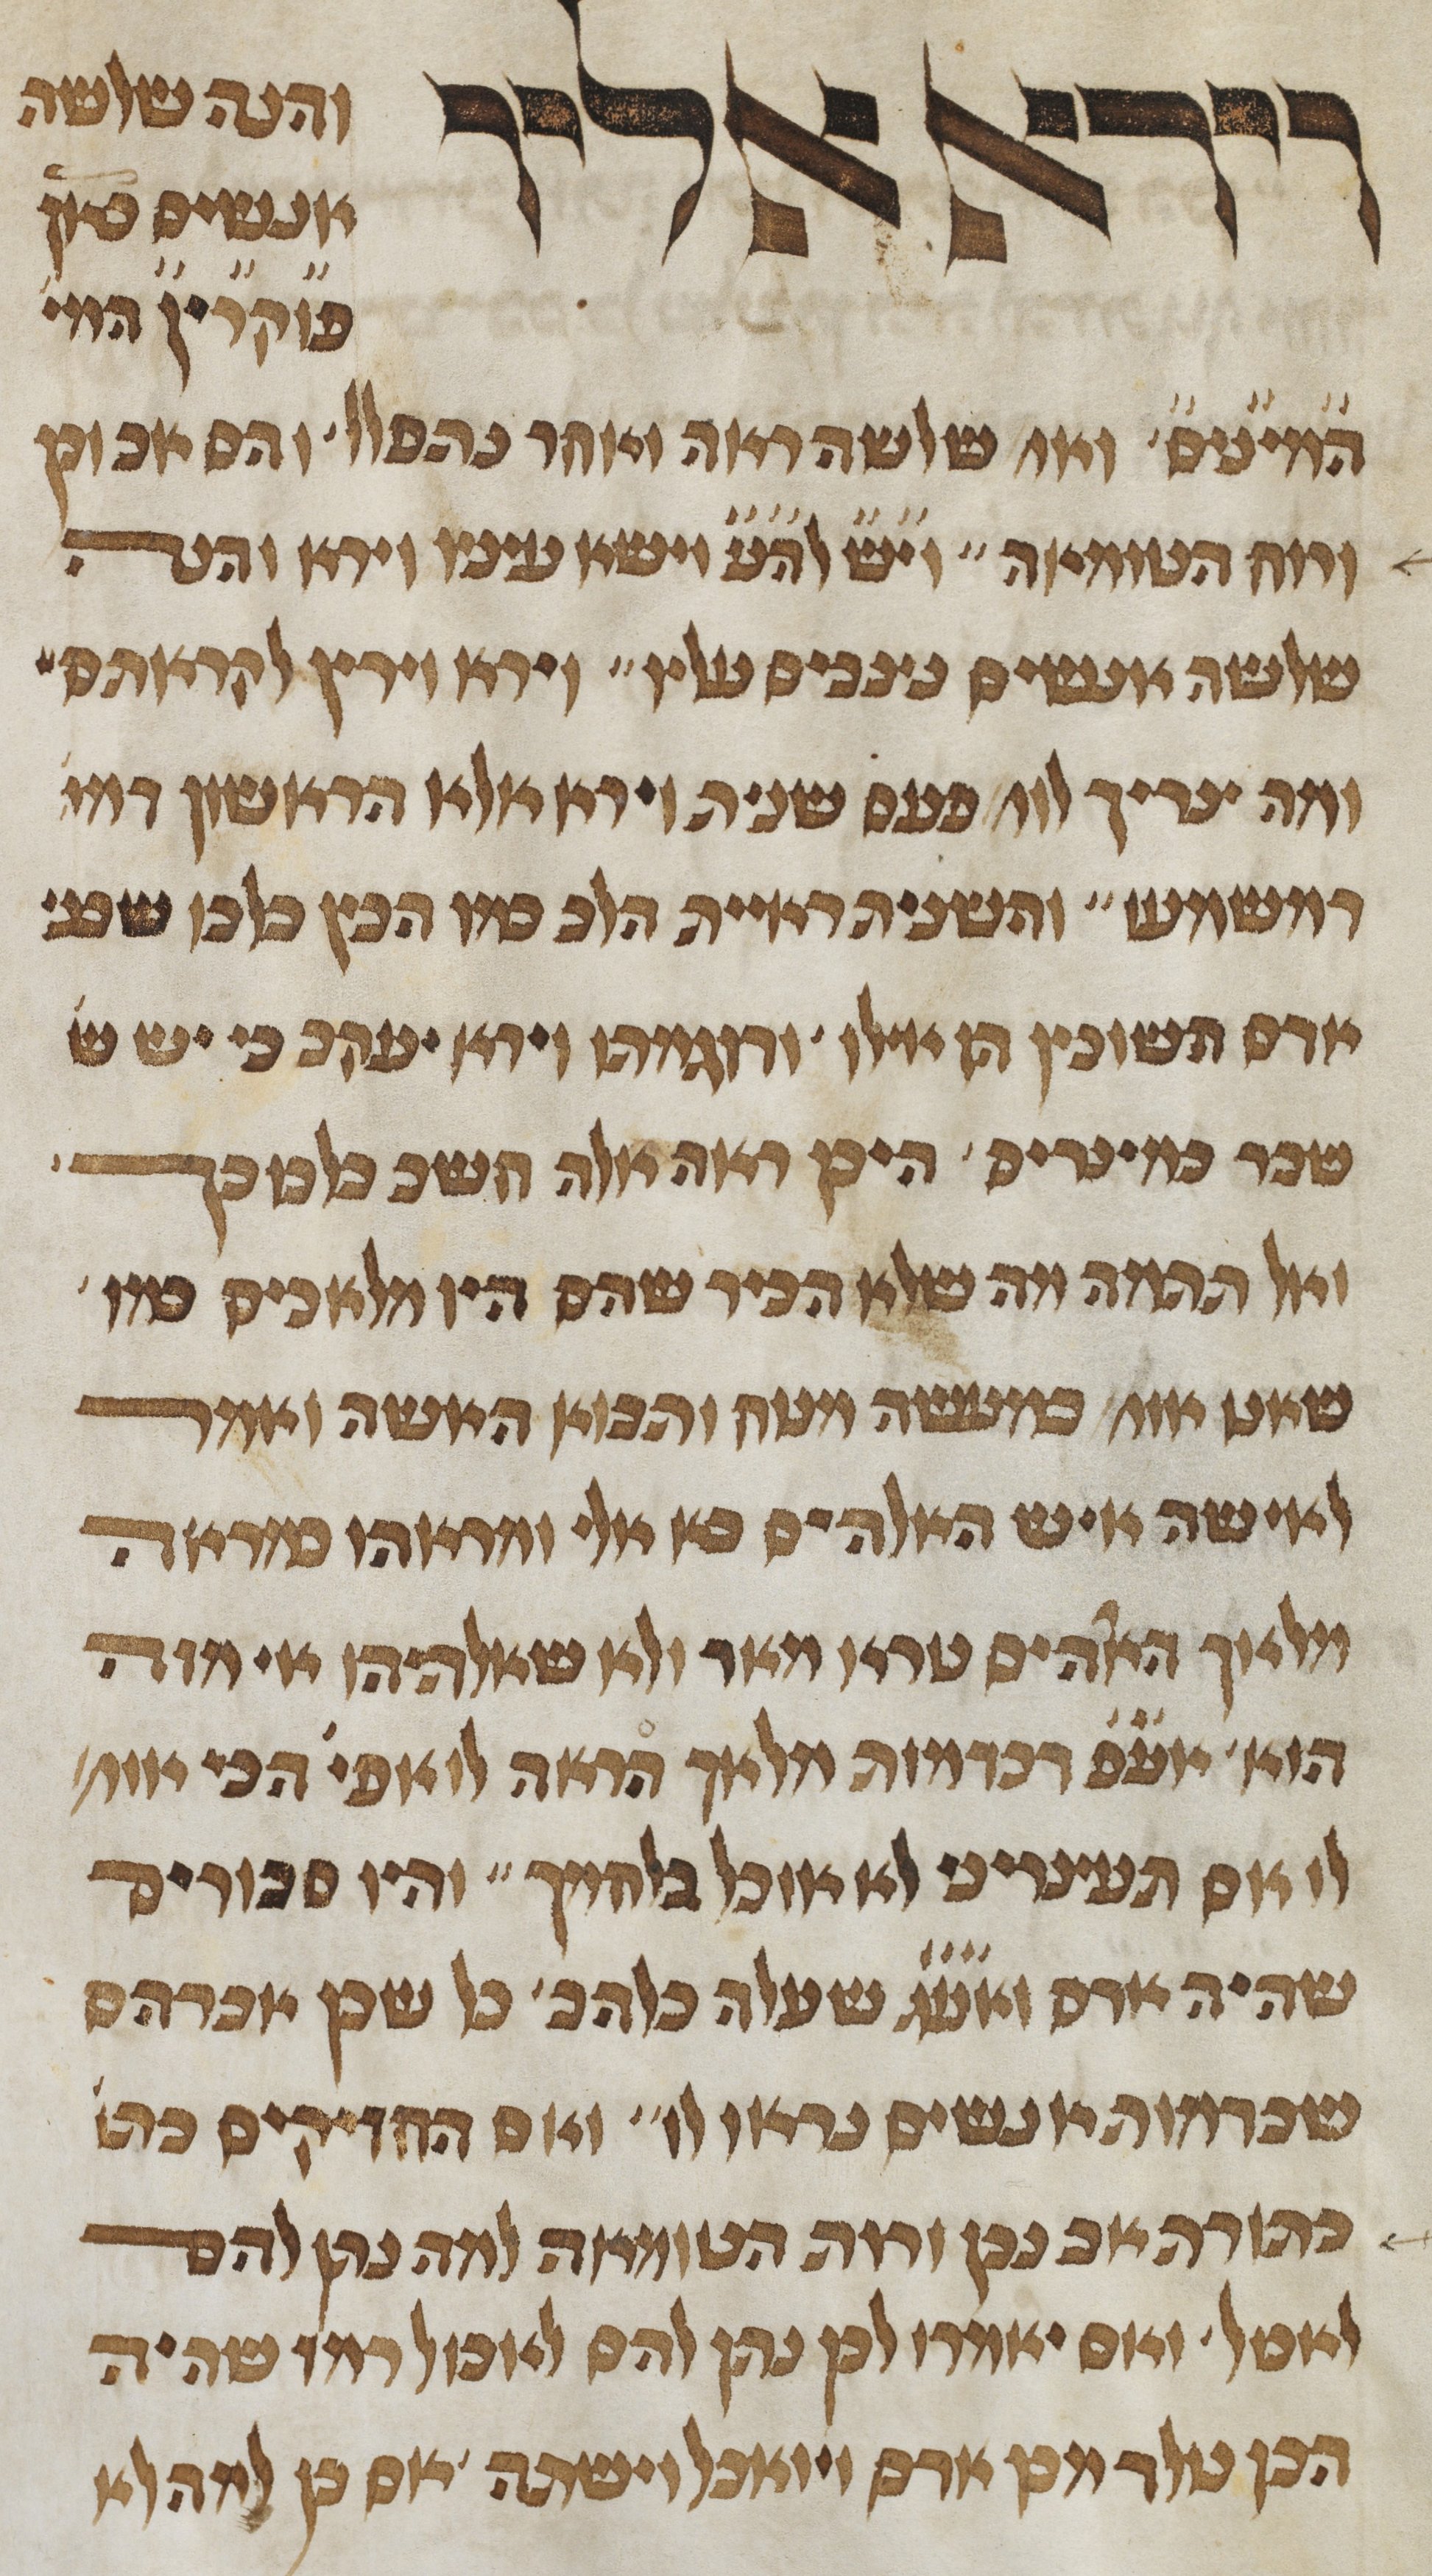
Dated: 1450–1499